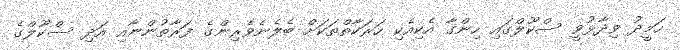
ހަމީދު ވިދާޅުވީ ސްކޫލްގައި ހިންގާ އެކިއެކި ހަރަކާތްތަކަށް ބެލެނެވެރިންގެ ފަރާތުންނާއި އަދި ސްކޫލްގެ